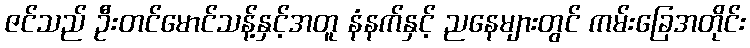
ဇင်သည် ဦးတင်မောင်သန့်နှင့်အတူ နံနက်နှင့် ညနေများတွင် ကမ်းခြေအတိုင်း